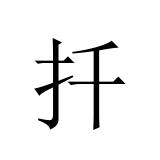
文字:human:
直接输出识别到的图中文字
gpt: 扦